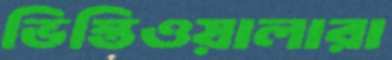
ভিস্তিওয়ালারা